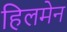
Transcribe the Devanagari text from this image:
हिलमेन